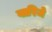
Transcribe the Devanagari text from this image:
वारिजे